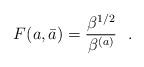
LaTeX: \begin{align*}F(a,\bar a)={\beta^{1/2}\over \beta^{(a)}}\ \ .\end{align*}